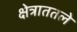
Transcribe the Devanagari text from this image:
क्षेत्राततले